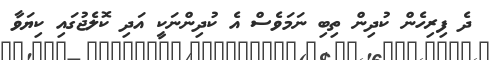
ދެ ފިރިހެން ކުދިން ތިބި ނަމަވެސް އެ ކުދިންނަކީ އަދި ކޮލެޖުގައި ކިޔަވާ